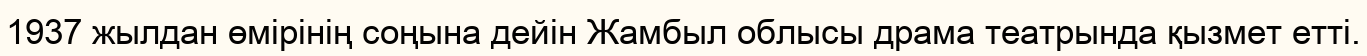
1937 жылдан өмірінің соңына дейін Жамбыл облысы драма театрында қызмет етті.